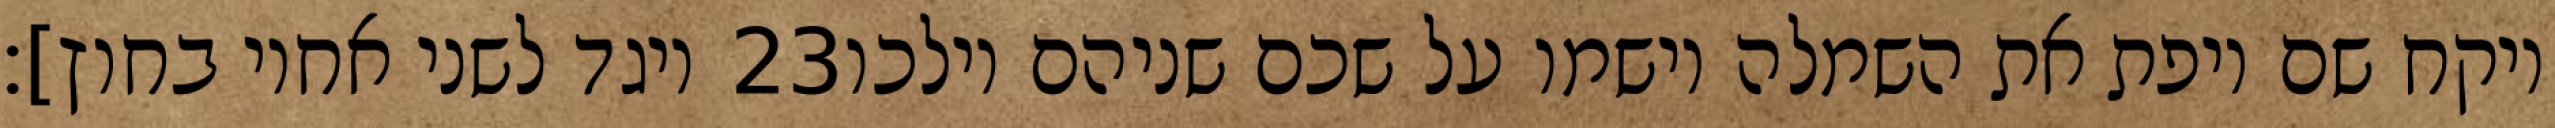
ויגד לשני אחיו בחוץ]׃ ‎23‏ ויקח שם ויפת את השמלה וישמו על שכם שניהם וילכו